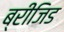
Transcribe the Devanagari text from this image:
ब्रीजिड